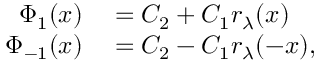
\begin{array} { r l } { \Phi _ { 1 } ( x ) } & { { } = C _ { 2 } + C _ { 1 } r _ { \lambda } ( x ) } \\ { \Phi _ { - 1 } ( x ) } & { { } = C _ { 2 } - C _ { 1 } r _ { \lambda } ( - x ) , } \end{array}